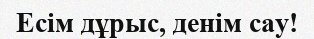
Есім дұрыс, денім сау!